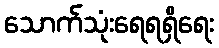
သောက်သုံးရေရရှိရေး